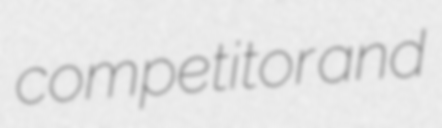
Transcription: competitor and